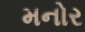
મનોર